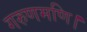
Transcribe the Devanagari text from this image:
गरुणमणि।